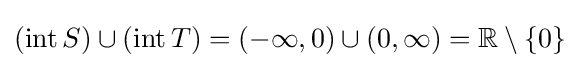
(\operatorname {int} S)\cup (\operatorname {int} T)=(-\infty ,0)\cup (0,\infty )=\mathbb {R} \setminus \{0\}